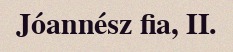
Jóannész fia, II.